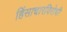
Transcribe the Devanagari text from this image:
हिंसाचारविरोधी